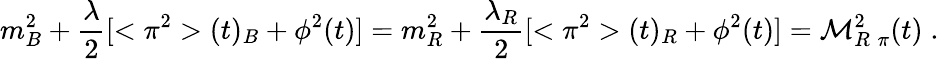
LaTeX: m_{B}^{2}+\frac{\lambda}{2}[<\pi^{2}>(t)_{B}+\phi^{2}(t)]=m_{R}^{2}+\frac{\lambda_{R}}{2}[<\pi^{2}>(t)_{R}+\phi^{2}(t)]={\cal M}_{R\; \pi}^{2}(t)\; .